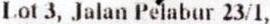
LOT 3, JALAN PELABUR 23/1,